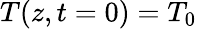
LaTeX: T(z,t=0)=T_{0}